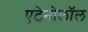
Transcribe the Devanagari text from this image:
एटेनोलॉल